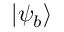
| \psi _ { b } \rangle